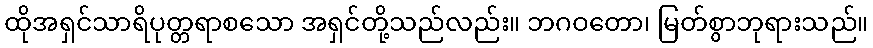
ထိုအရှင်သာရိပုတ္တရာစသော အရှင်တို့သည်လည်း။ ဘဂဝတော၊ မြတ်စွာဘုရားသည်။